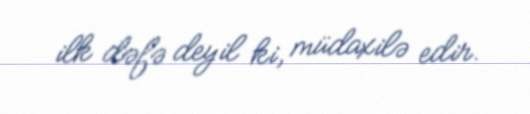
ilk dəfə deyil ki, müdaxilə edir.